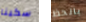
سكينا بالحظ